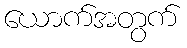
ယောက်အတွက်